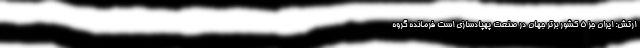
ارتش: ایران جز 5 کشور برتر جهان در صنعت پهپادسازی است فرمانده گروه